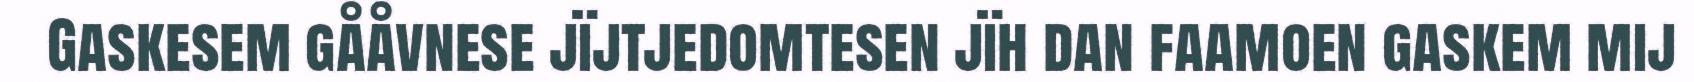
Gaskesem gååvnese jïjtjedomtesen jïh dan faamoen gaskem mij